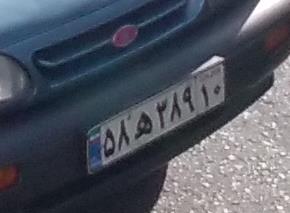
۵۸ه۳۸۹۱۰